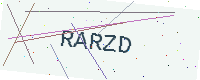
Text: RARZD